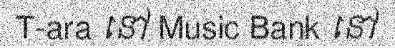
T-ara នៅ Music Bank នៅ